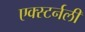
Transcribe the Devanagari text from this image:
एक्स्टर्नली